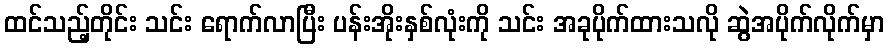
ထင်သည့်တိုင်း သင်း ရောက်လာပြီး ပန်းအိုးနှစ်လုံးကို သင်း အခုပိုက်ထားသလို ဆွဲအပိုက်လိုက်မှာ